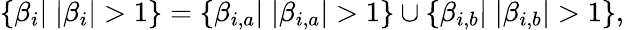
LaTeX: \begin{array}{r}{\{ \beta_{i}|\; |\beta_{i}|>1\} =\{ \beta_{i,a}|\; |\beta_{i,a}|>1\} \cup\{ \beta_{i,b}|\; |\beta_{i,b}|>1\} ,}\end{array}